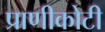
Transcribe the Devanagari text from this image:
प्राणीकोटी